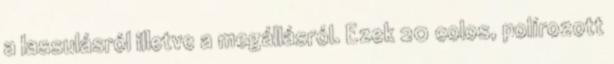
a lassulásról illetve a megállásról. Ezek 20 colos, polírozott